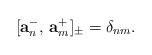
\begin{align*}[\mathbf{a}_n^{-},\,\mathbf{a}^{+}_m]_{\pm}=\delta_{nm}.\end{align*}